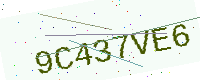
Text: 9C437VE6